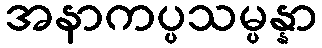
အနာကပ္ပသမ္ပန္နာ